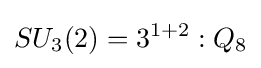
SU_{3}(2)=3^{1+2}:Q_{8}